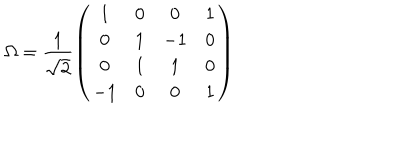
\Omega = \frac { 1 } { \sqrt { 2 } } \left( \begin{array} { c c c c } { { 1 } } & { { 0 } } & { { 0 } } & { { 1 } } \\ { { 0 } } & { { 1 } } & { { - 1 } } & { { 0 } } \\ { { 0 } } & { { 1 } } & { { 1 } } & { { 0 } } \\ { { - 1 } } & { { 0 } } & { { 0 } } & { { 1 } } \\ \end{array} \right)